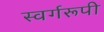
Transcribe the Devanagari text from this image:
स्वर्गरूपी